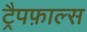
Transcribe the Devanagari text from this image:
ट्रैपफ़ाल्स